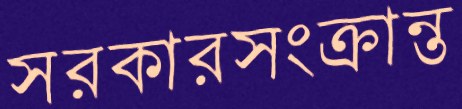
সরকারসংক্রান্ত